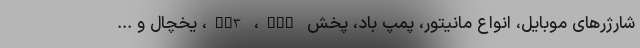
شارژرهای موبایل، انواع مانیتور، پمپ باد، پخش MP3 ،GPS، یخچال و ...